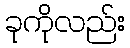
ခုကိုလည်း